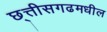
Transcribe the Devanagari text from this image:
छ्त्तीसगढमधील